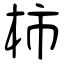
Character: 柿